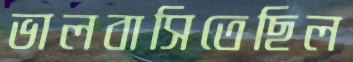
ভালবাসিতেছিল